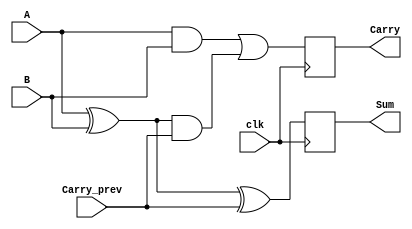
module Sequential_Half_Adder (
    input wire clk,           // Clock signal
    input wire A,            // First input bit
    input wire B,            // Second input bit
    input wire Carry_prev,    // Previous carry input
    output reg Sum,          // Sum output
    output reg Carry         // Carry output
);

    // Always block triggered on the rising edge of the clock
    always @(posedge clk) begin
        // Calculate Sum and Carry based on the current inputs and the previous carry
        Sum <= A ^ B ^ Carry_prev; // Sum = A XOR B XOR Carry_prev
        Carry <= (A & B) | ((A ^ B) & Carry_prev); // Carry = (A AND B) OR ((A XOR B) AND Carry_prev)
    end

endmodule